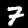
Label: 7